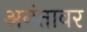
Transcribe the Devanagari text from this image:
अनंतावर